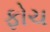
ફોચ